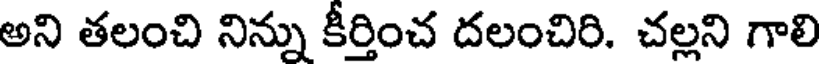
అని తలంచి నిన్ను కీర్తించ దలంచిరి. చల్లని గాలి